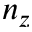
n _ { z }